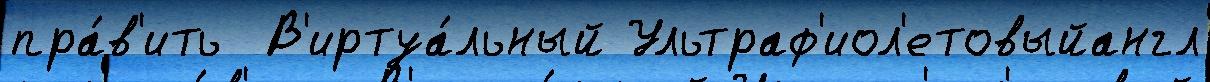
пра́в'ить  В'иртуа́льный Ультраф'иол'етовыйангл